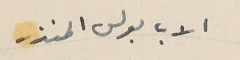
الاب بولس المنذر